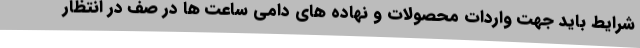
شرایط باید جهت واردات محصولات و نهاده های دامی ساعت ها در صف در انتظار